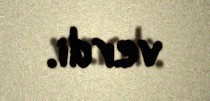
verdi.